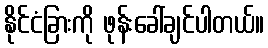
နိုင်ငံခြားကို ဖုန်းခေါ်ချင်ပါတယ်။